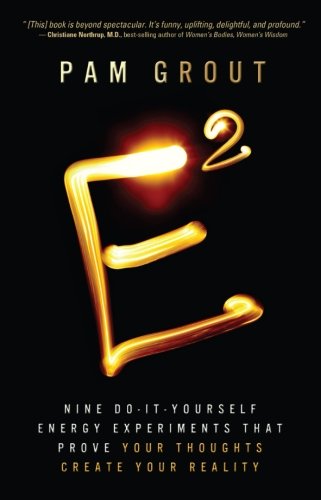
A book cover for E-Squared: Nine Do-It-Yourself Energy Experiments That Prove Your Thoughts Create Your Reality; Pam Grout; Self-Help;